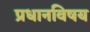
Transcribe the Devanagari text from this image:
प्रधानविषय